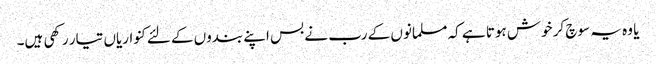
یا وہ یہ سوچ کر خوش ہوتا ہے کہ مسلمانوں کے رب نے بس اپنے بندوں کے لئےکنواریاں تیار رکھی ہیں۔